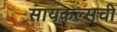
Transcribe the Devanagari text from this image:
सायकल्सची